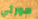
مورتي